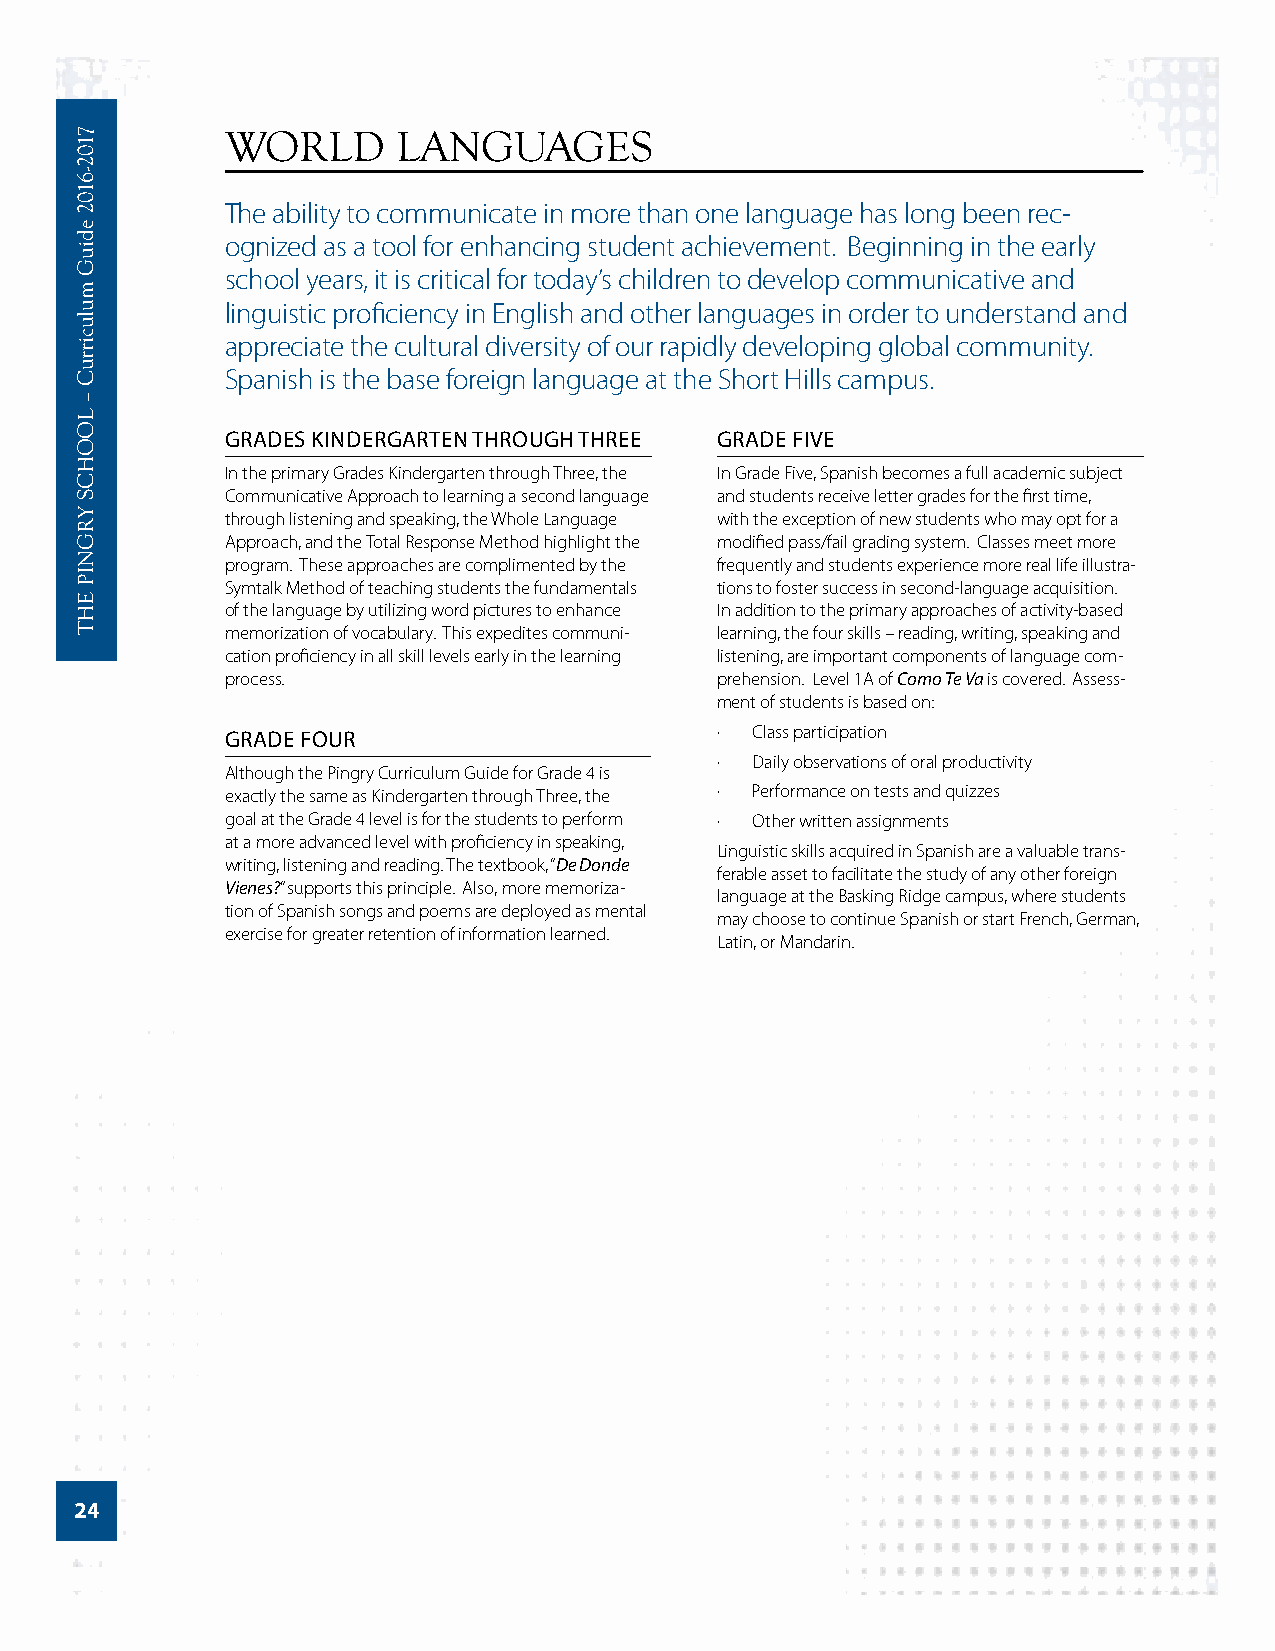
WORLD      LANGUAGES
 The ability to communicate in more than one language has long been rec-
 ognized as a tool for enhancing student achievement. Beginning in the early
 school years, it is critical for today’s children to develop communicative and
 linguistic proficiency in English and other languages in order to understand and
 appreciate the cultural diversity of our rapidly developing global community.
 Spanish is the base foreign language at the Short Hills campus.
 GRADES KINDERGARTEN THROUGH THREE GRADE FIVE
 In the primary Grades Kindergarten through Three, the In Grade Five, Spanish becomes a full academic subject
 Communicative Approach to learning a second language and students receive letter grades for the first time,
 through listening and speaking, the Whole Language with the exception of new students who may opt for a
 Approach, and the Total Response Method highlight the modified pass/fail grading system. Classes meet more
 program. These approaches are complimented by the frequently and students experience more real life illustra-
 Symtalk Method of teaching students the fundamentals tions to foster success in second-language acquisition.
 of the language by utilizing word pictures to enhance In addition to the primary approaches of activity-based
 memorization of vocabulary. This expedites communi- learning, the four skills – reading, writing, speaking and
 cation proficiency in all skill levels early in the learning listening, are important components of language com-
 process.                        prehension. Level 1A of Como Te Va is covered. Assess-
 ment of students is based on:
 GRADE FOUR                      ·  Class participation
 ·  Daily observations of oral productivity
 Although the Pingry Curriculum Guide for Grade 4 is
 exactly the same as Kindergarten through Three, the · Performance on tests and quizzes
 goal at the Grade 4 level is for the students to perform · Other written assignments
 at a more advanced level with proficiency in speaking,
 Linguistic skills acquired in Spanish are a valuable trans-
 writing, listening and reading. The textbook, “De Donde
 ferable asset to facilitate the study of any other foreign
 Vienes?” supports this principle. Also, more memoriza-
 language at the Basking Ridge campus, where students
 tion of Spanish songs and poems are deployed as mental
 may choose to continue Spanish or start French, German,
 exercise for greater retention of information learned.
 Latin, or Mandarin.
 24
 7102-­6102
 ediuG
 mulucirruC
 –
 LOOHCS
 YRGNIP
 EHT